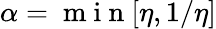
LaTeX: \alpha=\mathrm{~m~i~n~}[\eta,1/\eta]